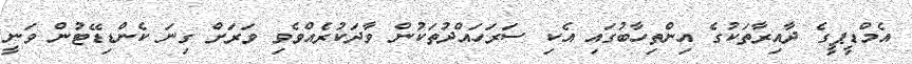
އެމްޑީޕީގެ ދާއިރާތަކުގެ އިންތިހާބުގައި އެކި ސަރަހައްދުތަކުން ވާދަކުރެއްވެވި ވަރަށް ގިނަ ކެންޑިޑޭޓުން ވަނީ